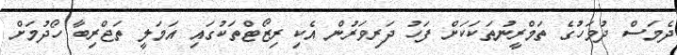
ދެމަސް ދުވަހުގެ ތަމްރީނުތަކަކަށް ފަހު ދަރިވަރުން އެކި ރިޒޯޓްތަކުގައި އަމަލީ ތަޖްރިބާ ހޯދުމަށް